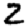
Digit: 2